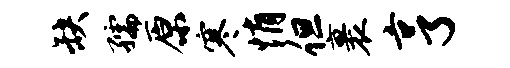
缺孺原寒悄但裹亨